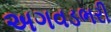
અગવડભરી